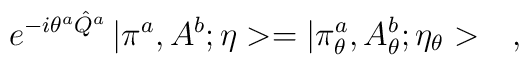
e^{-i\theta^a\hat{Q}^a}\,|\pi^a,A^b;\eta>=|\pi^a_\theta,A^b_\theta;\eta_\theta>\ \ \ ,